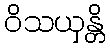
ဝိသယှန္တိ